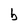
Character: b